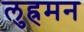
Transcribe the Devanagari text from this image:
लुह्रमन